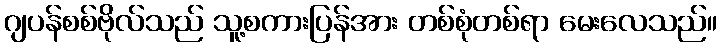
ဂျပန်စစ်ဗိုလ်သည် သူ့စကားပြန်အား တစ်စုံတစ်ရာ မေးလေသည်။